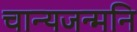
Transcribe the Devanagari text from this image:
चान्यजन्मनि